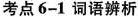
考点 6-1 词语辨析